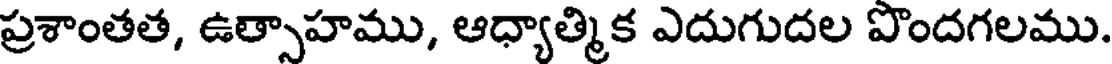
ప్రశాంతత, ఉత్సాహము, ఆధ్యాత్మిక ఎదుగుదల పొందగలము.